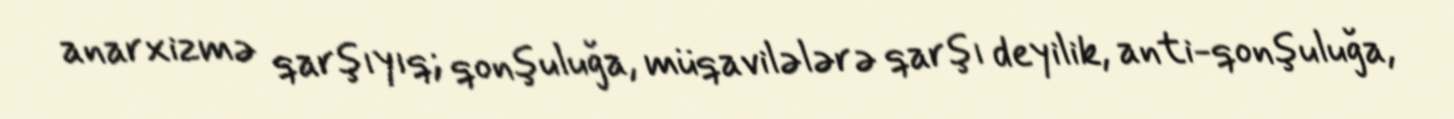
anarxizmə qarşıyıq; qonşuluğa, müqavilələrə qarşı deyilik, anti-qonşuluğa,